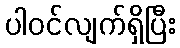
ပါဝင်လျက်ရှိပြီး